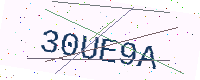
Text: 30UE9A